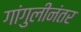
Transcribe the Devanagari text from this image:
गांगुलीनंतर